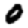
Digit: 0